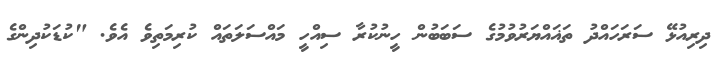
ދިރިއުޅޭ ސަރަހައްދު ތަޣައްޔަރުވުމުގެ ސަބަބުން ހީނުކުރާ ސިއްހީ މައްސަލަތައް ކުރިމަތިވެ އެވެ. "ކުޑަކުދިންގެ